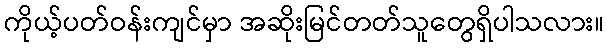
ကိုယ့်ပတ်ဝန်းကျင်မှာ အဆိုးမြင်တတ်သူတွေရှိပါသလား။